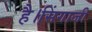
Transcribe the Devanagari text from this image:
है।सिंगाजी